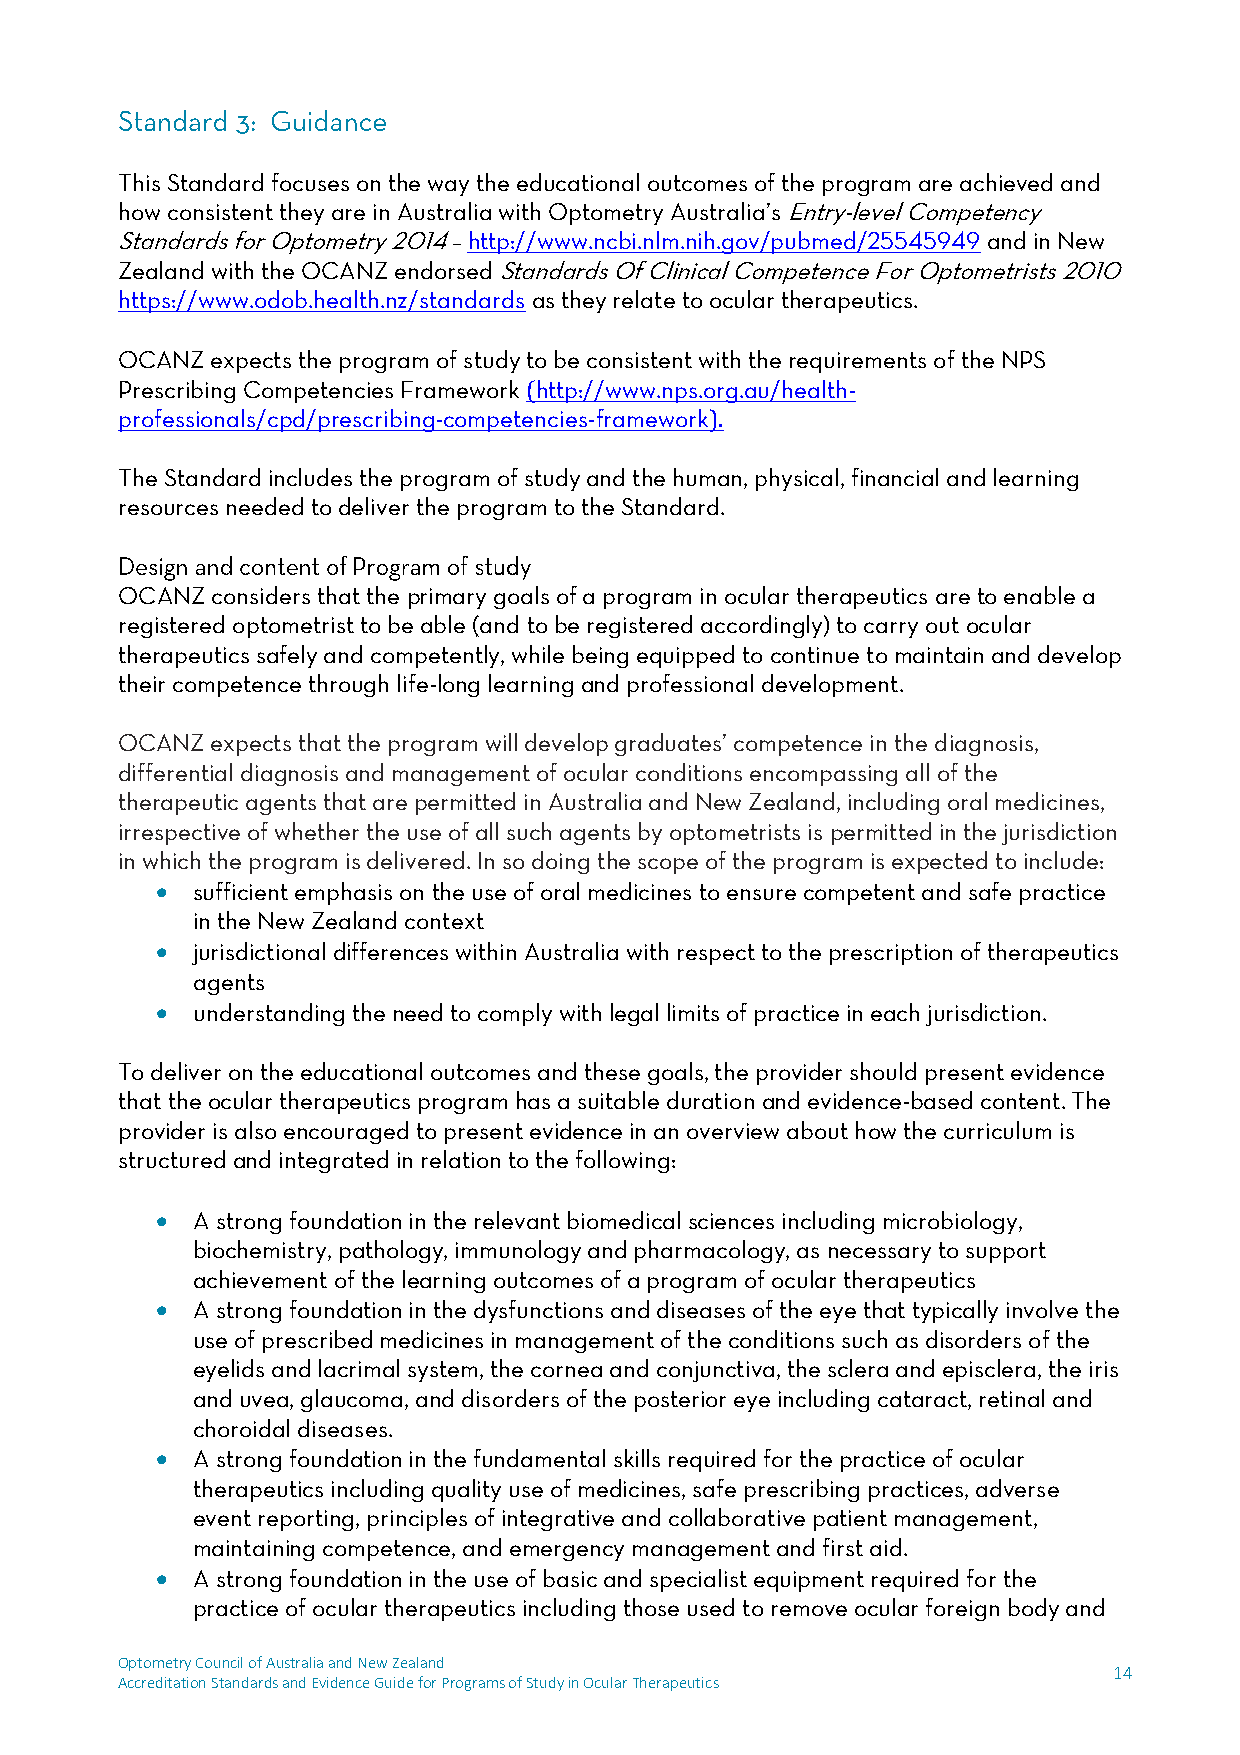
This Standard focuses on the way the educational outcomes of the program are achieved and
 how consistent they are in Australia with Optometry Australia’s Entry-level Competency
 Standards for Optometry 2014 – http://www.ncbi.nlm.nih.gov/pubmed/25545949 and in New
 Zealand with the OCANZ endorsed Standards Of Clinical Competence For Optometrists 2010
 https://www.odob.health.nz/standards as they relate to ocular therapeutics.
 OCANZ expects the program of study to be consistent with the requirements of the NPS
 Prescribing Competencies Framework (http://www.nps.org.au/health-
 professionals/cpd/prescribing-competencies-framework).
 The Standard includes the program of study and the human, physical, financial and learning
 resources needed to deliver the program to the Standard.
 OCANZ considers that the primary goals of a program in ocular therapeutics are to enable a
 registered optometrist to be able (and to be registered accordingly) to carry out ocular
 therapeutics safely and competently, while being equipped to continue to maintain and develop
 their competence through life-long learning and professional development.
 OCANZ expects that the program will develop graduates’ competence in the diagnosis,
 differential diagnosis and management of ocular conditions encompassing all of the
 therapeutic agents that are permitted in Australia and New Zealand, including oral medicines,
 irrespective of whether the use of all such agents by optometrists is permitted in the jurisdiction
 in which the program is delivered. In so doing the scope of the program is expected to include:
   sufficient emphasis on the use of oral medicines to ensure competent and safe practice
 in the New Zealand context
   jurisdictional differences within Australia with respect to the prescription of therapeutics
 agents
   understanding the need to comply with legal limits of practice in each jurisdiction.
 To deliver on the educational outcomes and these goals, the provider should present evidence
 that the ocular therapeutics program has a suitable duration and evidence-based content. The
 provider is also encouraged to present evidence in an overview about how the curriculum is
 structured and integrated in relation to the following:
   A strong foundation in the relevant biomedical sciences including microbiology,
 biochemistry, pathology, immunology and pharmacology, as necessary to support
 achievement of the learning outcomes of a program of ocular therapeutics
   A strong foundation in the dysfunctions and diseases of the eye that typically involve the
 use of prescribed medicines in management of the conditions such as disorders of the
 eyelids and lacrimal system, the cornea and conjunctiva, the sclera and episclera, the iris
 and uvea, glaucoma, and disorders of the posterior eye including cataract, retinal and
 choroidal diseases.
   A strong foundation in the fundamental skills required for the practice of ocular
 therapeutics including quality use of medicines, safe prescribing practices, adverse
 event reporting, principles of integrative and collaborative patient management,
 maintaining competence, and emergency management and first aid.
   A strong foundation in the use of basic and specialist equipment required for the
 practice of ocular therapeutics including those used to remove ocular foreign body and
 Optometry Council of Australia and New Zealand
 14
 Accreditation Standards and Evidence Guide for Programs of Study in Ocular Therapeutics